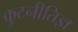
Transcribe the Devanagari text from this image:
कुटनीतिज्ञ